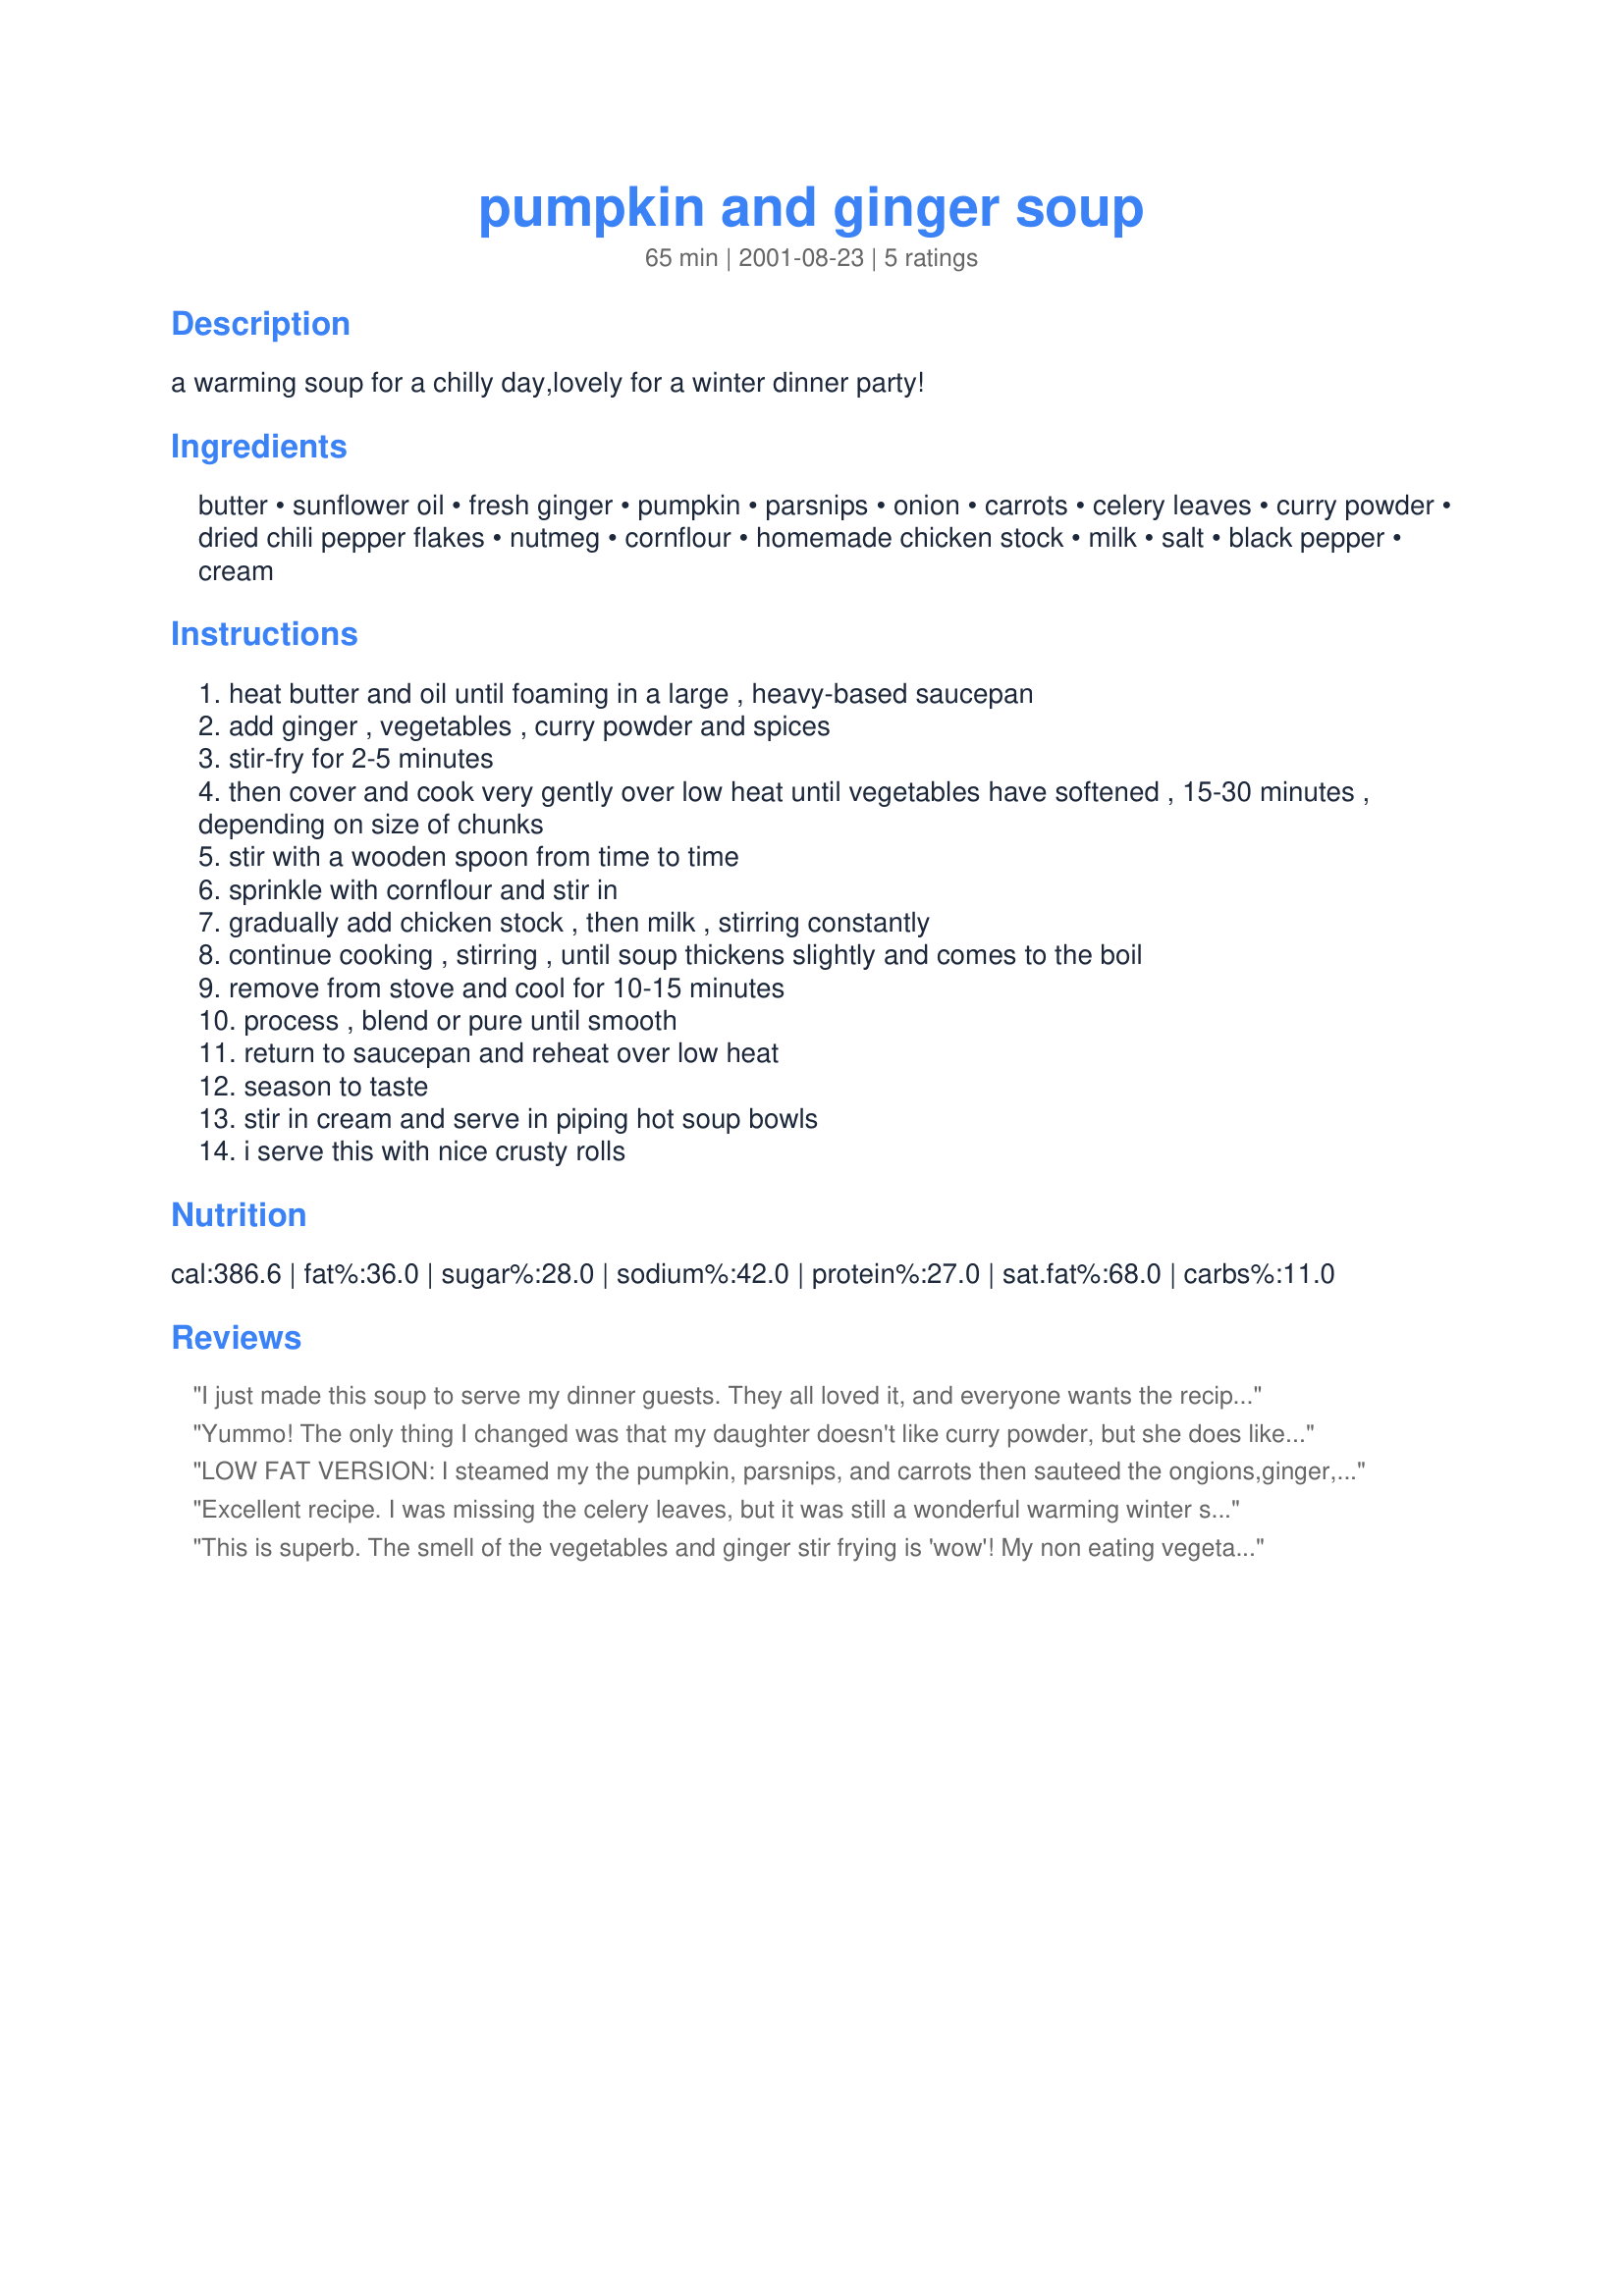
pumpkin and ginger soup
Preparation time: 65 minutes

a warming soup for a chilly day,lovely for a winter dinner party!

Ingredients:
butter, sunflower oil, fresh ginger, pumpkin, parsnips, onion, carrots, celery leaves, curry powder, dried chili pepper flakes, nutmeg, cornflour, homemade chicken stock, milk, salt, black pepper, cream

Steps:
heat butter and oil until foaming in a large , heavy-based saucepan
add ginger , vegetables , curry powder and spices
stir-fry for 2-5 minutes
then cover and cook very gently over low heat until vegetables have softened , 15-30 minutes , depending on size of chunks
stir with a wooden spoon from time to time
sprinkle with cornflour and stir in
gradually add chicken stock , then milk , stirring constantly
continue cooking , stirring , until soup thickens slightly and comes to the boil
remove from stove and cool for 10-15 minutes
process , blend or pure until smooth
return to saucepan and reheat over low heat
season to taste
stir in cream and serve in piping hot soup bowls
i serve this with nice crusty rolls

Reviews:
I just made this soup to serve my dinner guests. They all loved it, and everyone wants the recipe!!! Including my mother-in-law, so it has to be good, although I will be the one making it again for her!!! Just change the metric measurements over on this website. I wouldn't make any change to the recipe, it was perfect.
Yummo! The only thing I changed was that my daughter doesn't like curry powder, but she does like the taste of cumin, so I substituted. Instead of milk and cream, I just used a can of skim evaporated milk. Will definitely be on our winter recipe list.
LOW FAT VERSION: I steamed my the pumpkin, parsnips, and carrots then sauteed the ongions,ginger, & spices in 1 tablespoon of olive oil & then added the steamed (mashed) vegetables and cooked on a low heat adding water if it started to dry out. I used skim milk & fat free broth. Instead of cream I served the soup with a spoonful of low fat sour cream. Low fat but still kept the excellent flavour. A must try. TIP: To remove the skin from the ginger I scraped it with the edge of a soup spoon.
Excellent recipe. I was missing the celery leaves, but it was still a wonderful warming winter soup.
This is superb. The smell of the vegetables and ginger stir frying is 'wow'!
My non eating vegetable son ate the lot, and that always makes me happy, lol
Will definitely make this again.
